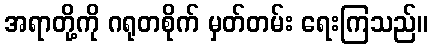
အရာတို့ကို ဂရုတစိုက် မှတ်တမ်း ရေးကြသည်။